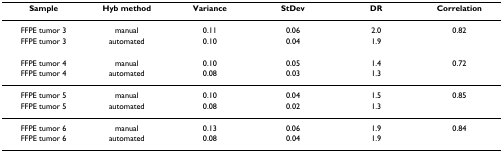
<table><thead><tr><td><b>Sample</b></td><td><b>Hyb method</b></td><td><b>Variance</b></td><td><b>StDev</b></td><td><b>DR</b></td><td><b>Correlation</b></td></tr></thead><tbody><tr><td>FFPE tumor 3</td><td>manual</td><td>0.11</td><td>0.06</td><td>2.0</td><td>0.82</td></tr><tr><td>FFPE tumor 3</td><td>automated</td><td>0.10</td><td>0.04</td><td>1.9</td><td></td></tr><tr><td>FFPE tumor 4</td><td>manual</td><td>0.10</td><td>0.05</td><td>1.4</td><td>0.72</td></tr><tr><td>FFPE tumor 4</td><td>automated</td><td>0.08</td><td>0.03</td><td>1.3</td><td></td></tr><tr><td>FFPE tumor 5</td><td>manual</td><td>0.10</td><td>0.04</td><td>1.5</td><td>0.85</td></tr><tr><td>FFPE tumor 5</td><td>automated</td><td>0.08</td><td>0.02</td><td>1.3</td><td></td></tr><tr><td>FFPE tumor 6</td><td>manual</td><td>0.13</td><td>0.06</td><td>1.9</td><td>0.84</td></tr><tr><td>FFPE tumor 6</td><td>automated</td><td>0.08</td><td>0.04</td><td>1.9</td><td></td></tr></tbody></table>